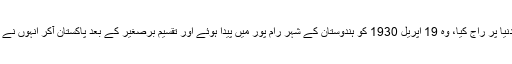
پاکستان کے معروف اداکار محمد علی نے برسوں فلمی دنیا پر راج کیا، وہ 19 اپریل 1930 کو ہندوستان کے شہر رام پور میں پیدا ہوئے اور تقسیم برصغیر کے بعد پاکستان آکر انہوں نے ریڈیو پاکستان کراچی سے اپنے فنی کیریئر کا آغاز کیا۔